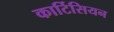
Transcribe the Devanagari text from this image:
कार्टिसियन